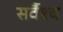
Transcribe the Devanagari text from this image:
सर्वैश्‍च